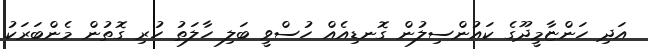
އަދި ހަންޏާމީދޫގެ ކައުންސިލުން ގޮނޑިއެއް ހުސްވީ ބަލި ހާލަތު ހުރި ގޮތުން މެންބަރަކު